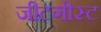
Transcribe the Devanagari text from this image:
जीटगीस्ट